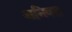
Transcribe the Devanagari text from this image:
अनिवत